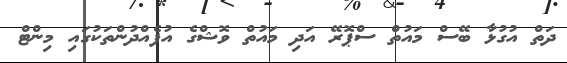
ދަތް އުގުޅާ ބޭސް މައުތް ސްޕޮރޭ އަދި މައުތް ވޮޝްގެ އުފެއްދުންތަކުގައި މިންޓް